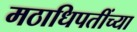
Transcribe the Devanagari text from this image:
मठाधिपतींच्या